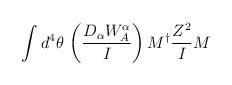
LaTeX: \begin{align*}\int d^4 \theta \, \left(\frac{D_\alpha W^\alpha_{A}}{I} \right) {M}^{\dagger} {Z^2\over I}{M}\end{align*}